Insane asylums Bombay 1873-77 - 1873-1877
Year: 1873
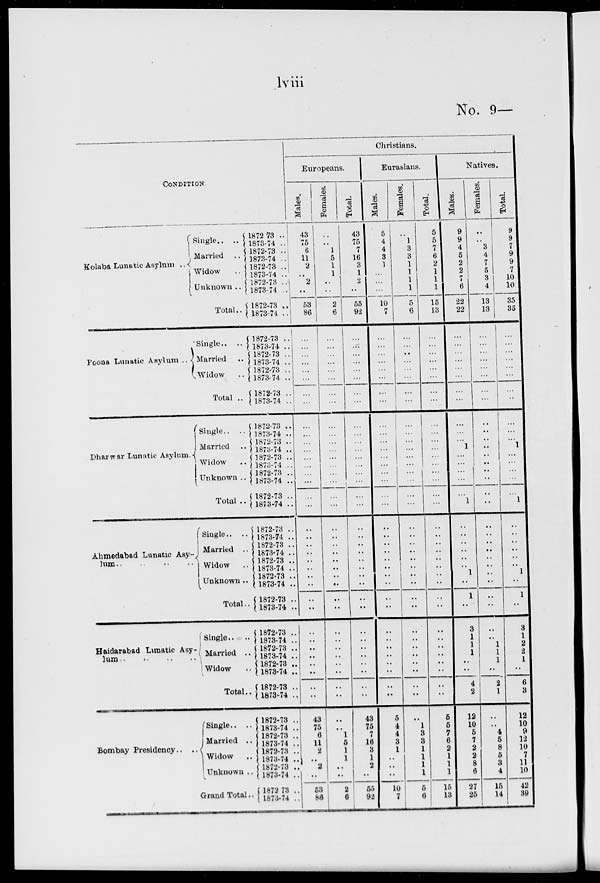
lviii
No. 9—
CONDITION
Kolaba Lunatic Asylum ..
Single.. ..
Married ..
Widow ..
Unknown ..
Total..
Poona Lunatic Asylum ..
Single..
Married ..
Widow ..
Total ..
Dharwar Lunatic Asylum.
Single.. ..
Married ..
Widow ..
Unknown ..
Total ..
Ahmedabad Lunatic Asy-
lum .. .. .. ..
Single.. ..
Married ..
Widow ..
Unknown ..
Total..
Haidarabad Lunatic Asy-
lum .. .. .. ..
Single..
Married ..
Widow ..
Total..
Bombay Presidency.. ..
Single.. ..
Married ..
Widow ..
Unknown ..
Grand Total..
1872-73 ..
1873-74 ..
1872-73 ..
1873-74 ..
1872-73 ..
1873-74 ..
1872-73 ..
1873-74 ..
1872-73 ..
1873-74 ..
1872-73 ..
1873-74 ..
1872-73 ..
1873-74 ..
1872-73 ..
1873-74 ..
1872-73 ..
1873-74 ..
1872-73 ..
1873-74 ..
1872-73 ..
1873-74 ..
1872-73 ..
1873-74 ..
1872-73 ..
1873-74 ..
1872-73 ..
1873-74 ..
1872-73 ..
1873-74 ..
1872-73 ..
1873-74 ..
1872-73 ..
1873-74 ..
1872-73 ..
1873-74 ..
1872-73 ..
1873-74 ..
1872-73 ..
1873-74 ..
1872-73 ..
1873-74 ..
1872-73 ..
1873-74 ..
1872-73 ..
1873-74 ..
1872-73 ..
1873-74 ..
1872-73 ..
1873-74 ..
1872-73 ..
1873-74 ..
1872-73 ..
1873-74 ..
1872-73 ..
1873-74 ..
Christians.
Europeans.
Males.
43 75
6
11
2
..
2
..
53
86
..
..
..
..
..
..
..
..
..
..
..
..
..
..
..
..
..
..
..
..
..
..
..
..
..
..
..
..
..
..
..
..
..
..
..
..
43
75
6
11
2
..
2
..
53
86
Females.
..
..
1
5
1
1
..
..
2
6
..
..
..
..
..
..
..
..
..
..
..
..
..
..
..
..
..
..
..
..
..
..
..
..
..
..
..
..
..
..
..
..
..
..
..
..
..
..
1
5
1
1
..
..
2
6
Total.
43
75
7
16
3
1
2
..
55
92
..
..
..
..
..
..
..
..
..
..
..
..
..
..
..
..
..
..
..
..
..
..
..
..
..
..
..
..
..
..
..
..
..
..
..
..
43
75
7
16
3
1
2
..
65
92
Eurasians.
Males.
5
4
4
3
1
..
..
..
10
7
..
..
..
..
..
..
..
..
..
..
..
..
..
..
..
..
..
..
..
..
..
..
..
..
..
..
..
..
..
..
..
..
..
..
..
..
5
4
4
3
1
..
..
..
10
7
Females.
..
1
3
3
1
1
1
1
5
6
..
..
..
..
..
..
..
..
..
..
..
..
..
..
..
..
..
..
..
..
..
..
..
..
..
..
..
..
..
..
..
..
..
..
..
..
..
1
3
3
1
1
1
1
5
6
Total.
5
5
7
6
2
1
1
1
15
13
..
..
..
..
..
..
..
..
..
..
..
..
..
..
..
...
..
...
..
..
..
..
..
..
..
..
..
..
..
..
..
..
..
..
..
..
5
5
7
6
2
1
1
1
15
13
Natives.
Males.
9
9
4
5
2
2
7
6
22
22
..
..
..
..
..
..
..
..
..
..
..
1
..
..
..
..
..
1
..
..
..
..
..
..
1
..
1
..
3
1
1
1
..
..
4
2
12
10
5
7
2
2
8
6
27
25
Females.
..
..
3
4
7
5
3
4
13
13
..
..
..
..
..
..
..
..
..
..
..
..
..
..
..
..
..
..
..
..
..
..
..
..
..
..
..
..
..
..
1
1
1
..
2
1
..
..
4
5
8
5
3
4
15
14
Total.
9
9
7
9
9
7
10
10
35
35
..
..
..
..
..
..
..
..
..
..
..
1
..
..
..
..
..
1
..
..
..
..
..
..
1
..
1
..
3
1
2
2
1
..
6
3
12
10
9
12
10
7
11
10
42
39